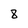
Character: 8